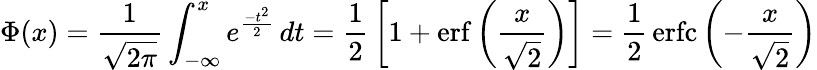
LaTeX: \Phi(x)={\frac{1}{\sqrt{2\pi}}}\int_{-\infty}^{x}e^{\frac{-t^{2}}{2}}\, dt={\frac{1}{2}}\left[1+\operatorname{erf}\left({\frac{x}{\sqrt{2}}}\right)\right]={\frac{1}{2}}\operatorname{erfc}\left(-{\frac{x}{\sqrt{2}}}\right)